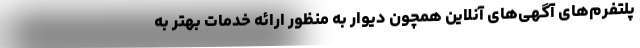
پلتفرم‌های آگهی‌های آنلاین همچون دیوار به منظور ارائه خدمات بهتر به